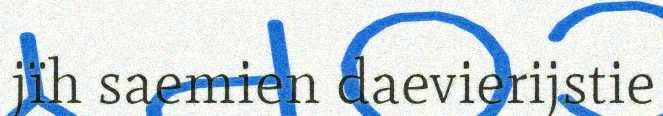
jïh saemien daevierijstie